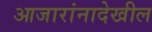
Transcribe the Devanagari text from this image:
आजारांनादेखील